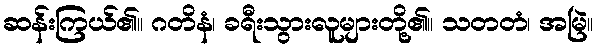
ဆန်းကြယ်၏။ ဂတိနံ၊ ခရီးသွားလူများတို့၏။ သတတံ၊ အမြဲ။